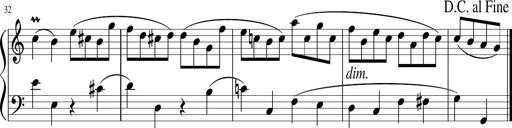
Title: 12 Keyboard Sonatinas
Composer: James Hook